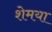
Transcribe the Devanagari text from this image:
शेमया